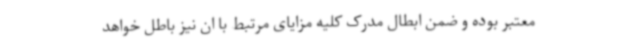
معتبر بوده و ضمن ابطال مدرک کلیه مزایای مرتبط با ان نیز باطل خواهد